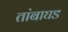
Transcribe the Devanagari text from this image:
तांबाघड